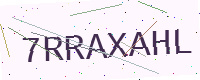
Text: 7RRAXAHL